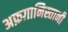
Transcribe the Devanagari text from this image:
अफ़ग़ानिस्तानी